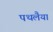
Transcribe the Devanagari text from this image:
पथलैया